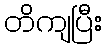
တိကျပြီး